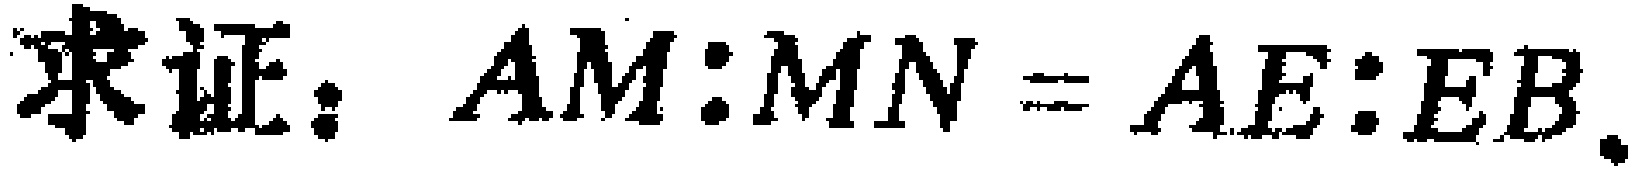
求证：$AM:MN = AE:EB$.